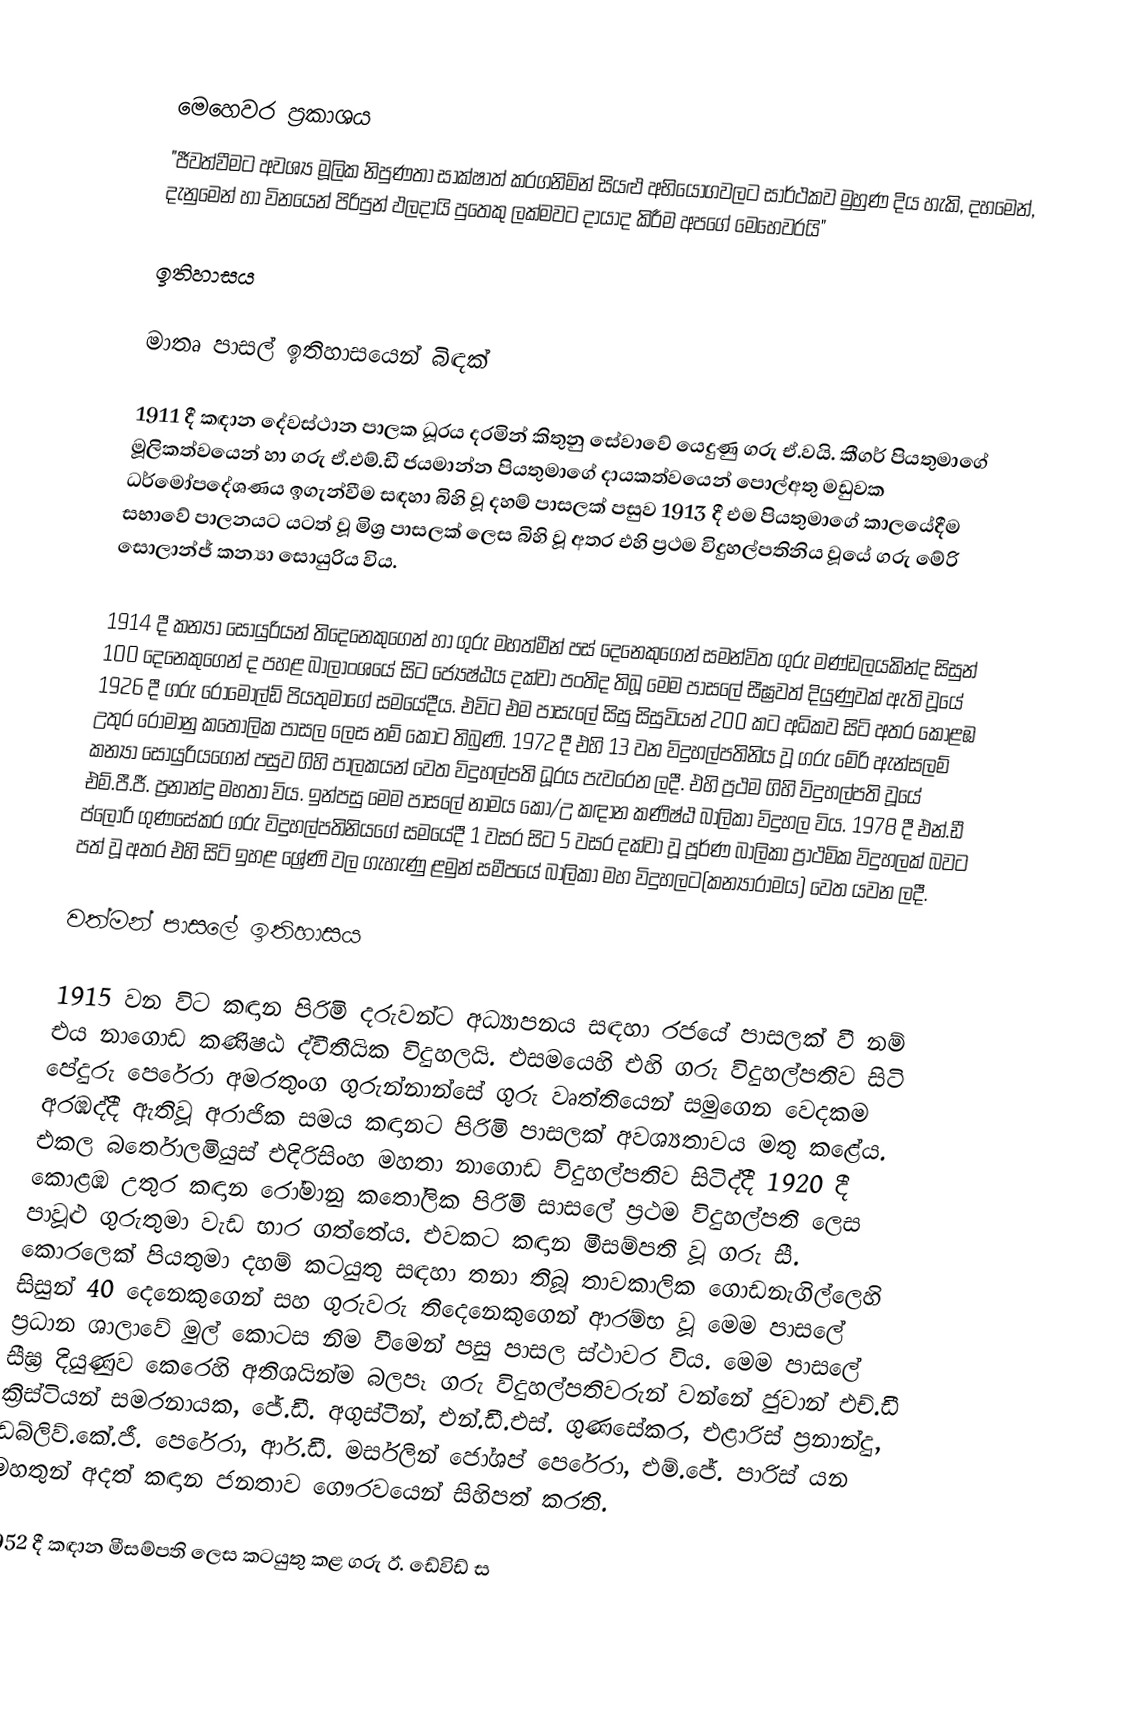

මෙහෙවර ප්‍රකාශය
"ජීවත්වීමට අවශ්‍ය මූලික නිපුණතා සාක්ෂාත් කරගනිමින් සියළු අභියෝගවලට සාර්ථකව මුහුණ දිය හැකි, දහමෙන්, දැනුමෙන් හා විනයෙන් පිරිපුන් ඵලදායි පුතෙකු ලක්මවට දායාද කිරීම අපගේ මෙහෙවරයි"

ඉතිහාසය

මාතෘ පාසල් ඉතිහාසයෙන් බිඳක්

1911 දී කඳාන දේවස්ථාන පාලක ධූරය දරමින් කිතුනු සේවාවේ යෙදුණු ගරු ඒ.වයි. කීගර් පියතුමාගේ මූලිකත්වයෙන් හා ගරු ඒ.එම්.ඩී ජයමාන්න පියතුමාගේ දායකත්වයෙන් පොල්අතු මඩුවක ධර්මෝපදේශණය ඉගැන්වීම සඳහා බිහි වූ දහම් පාසලක් පසුව 1913 දී එම පියතුමාගේ කාලයේදීම සභාවේ පාලනයට යටත් වූ මිශ්‍ර පාසලක් ලෙස බිහි වූ අතර එහි ප්‍රථම විදුහල්පතිනිය වූයේ ගරු මේරි සොලාන්ජ් කන්‍යා සොයුරිය විය.

1914 දී කන්‍යා සොයුරියන් තිදෙනෙකුගෙන් හා ගුරු මහත්මීන් පස් දෙනෙකුගෙන් සමන්විත ගුරු මණ්ඩලයකින්ද සිසුන් 100 දෙනෙකුගෙන් ද පහළ බාලාංශයේ සිට ජ්‍යේෂ්ඨය දක්වා පංතිද තිබූ මෙම පාසලේ සීඝ්‍රවත් දියුණුවක් ඇති වූයේ 1926 දී ගරු රොමෝල්ඩ් පියතුමාගේ සමයේදීය. එවිට එම පාසැලේ සිසු සිසුවියන් 200 කට අධිකව සිටි අතර කොළඹ උතුර රොමානු කතෝලික පාසල ලෙස නම් කොට තිබුණි. 1972 දී එහි 13 වන විදුහල්පතිනිය වූ ගරු මේරි ඇන්සලම් කන්‍යා සොයුරියගෙන් පසුව ගිහි පාලකයන් වෙත විදුහල්පති ධූරය පැවරෙන ලදී. එහි ප්‍රථම ගිහි විදුහල්පති වූයේ එම්.පී.ජී. ප්‍රනාන්දු මහතා විය. ඉන්පසු මෙම පාසලේ නාමය කො/උ කඳාන කණිෂ්ඨ බාලිකා විදුහල විය. 1978 දී එන්.ඩී ප්ලෝරි ගුණසේකර ගරු විදුහල්පතිනියගේ සමයේදී 1 වසර සිට 5 වසර දක්වා වූ පූර්ණ බාලිකා ප්‍රාථමික විදුහලක් බවට පත් වූ අතර එහි සිටි ඉහළ ශ්‍රේණි වල ගැහැණු ළමුන් සමීපයේ බාලිකා මහ විදුහලට(කන්‍යාරාමය) වෙත යවන ලදී.

වත්මන් පාසලේ ඉතිහාසය

1915 වන විට කඳාන පිරිමි දරුවන්ට අධ්‍යාපනය සඳහා රජයේ පාසලක් වී නම් එය නාගොඩ කණිෂඨ ද්වීතීයික විදුහලයි. එසමයෙහි එහි ගරු විදුහල්පතිව සිටි පේදුරු පෙරේරා අමරතුංග ගුරුන්නාන්සේ ගුරු වෘත්තියෙන් සමුගෙන වෙදකම අරඹද්දී ඇතිවූ අරාජික සමය කඳානට පිරිමි පාසලක් අවශ්‍යතාවය මතු කළේය. එකල බර්තොලමියුස් එදිරිසිංහ මහතා නාගොඩ විදුහල්පතිව සිටිද්දී 1920 දී කොළඹ උතුර කඳාන රෝමානු කතෝලික පිරිමි සාසලේ ප්‍රථම විදුහල්පති ලෙස පාවූළු ගුරුතුමා වැඩ භාර ගත්තේය. එවකට කඳාන මීසම්පති වූ ගරු සී. කොරලෙක් පියතුමා දහම් කටයුතු සඳහා තනා තිබූ තාවකාලික ගොඩනැගිල්ලෙහි සිසුන් 40 දෙනෙකුගෙන් සහ ගුරුවරු තිදෙනෙකුගෙන් ආරම්භ වූ මෙම පාසලේ ප්‍රධාන ශාලාවේ මුල් කොටස නිම වීමෙන් පසු පාසල ස්ථාවර විය. මෙම පාසලේ සීඝ්‍ර දියුණුව කෙරෙහි අතිශයින්ම බලපෑ ගරු විදුහල්පතිවරුන් වන්නේ ජුවාන් එච්.ඩී ක්‍රිස්ටියන් සමරනායක, ජේ.ඩී. අගුස්ටීන්, එන්.ඩී.එස්. ගුණසේකර, එළාරිස් ප්‍රනාන්දු, ඩබ්ලිව්.කේ.ජී. පෙරේරා, ආර්.ඩී. මර්සලින් ජෝශප් පෙරේරා, එම්.ජේ. පාරිස් යන මහතුන් අදත් කඳාන ජනතාව ගෞරවයෙන් සිහිපත් කරති.

1952 දී කඳාන මීසම්පති ලෙස කටයුතු කළ ගරු ඊ. ඩේවිඩ් ස